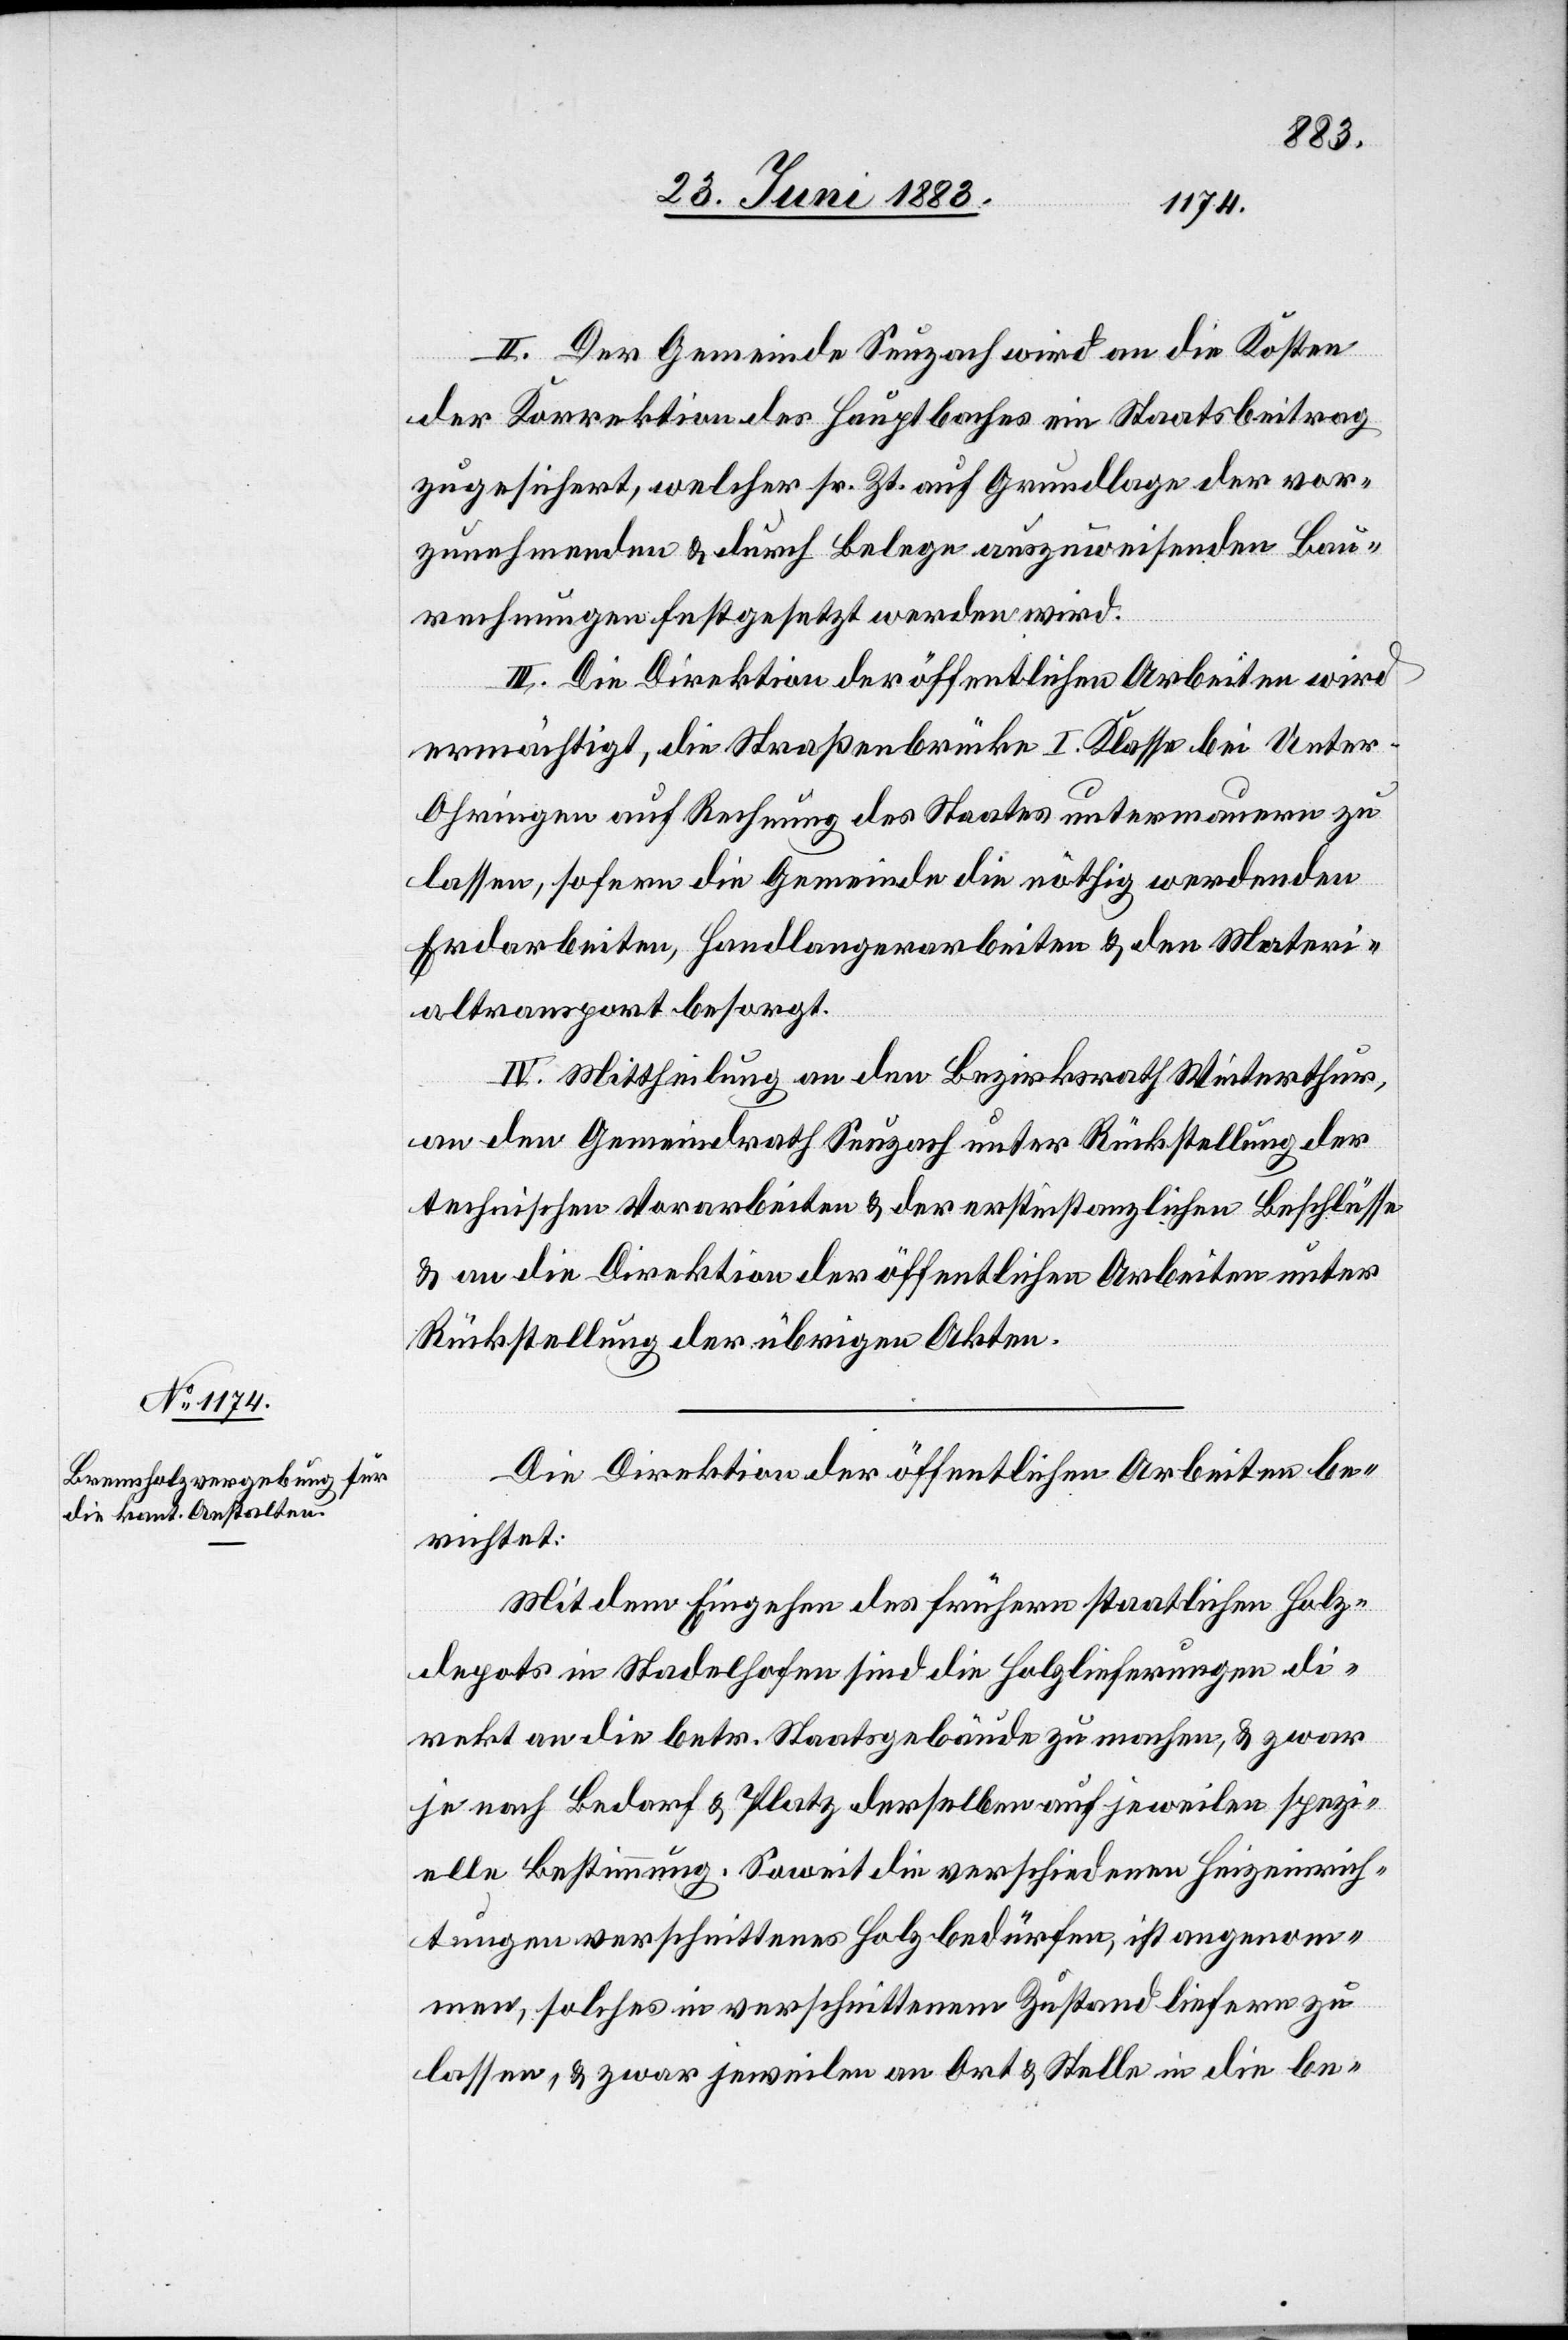
II. Der Gemeinde Seuzach wird an die Kosten
der Korrektion des Hauptbaches ein Staatsbeitrag
zugesichert, welcher sr. Zt. auf Grundlage der vor¬
zunehmenden & durch Belege auszuweisenden Bau¬
rechnungen festgesetzt werden wird.
III. Die Direktion der öffentlichen Arbeiten wird
ermächtigt, die Straßenbrücke I. Klasse bei Unter-O¬
hringen auf Rechnung des Staates untermauern zu
lassen, sofern die Gemeinde die nöthig werdenden
Erdarbeiten, Handlangerarbeiten & den Materi¬
altransport besorgt.
IV. Mittheilung an den Bezirksrath Winterthur,
an den Gemeindrath Seuzach unter Rückstellung der
technischen Vorarbeiten & der erstinstanzlichen Beschlüsse
& an die Direktion der öffentlichen Arbeiten unter
Rückstellung der übrigen Akten.
Die Direktion der öffentlichen Arbeiten be¬
richtet:
Mit dem Eingehen des frühern staatlichen Holz¬
depots in Stadelhofen sind die Holzlieferungen di¬
rekt an die betr. Staatsgebäude zu machen, & zwar
je nach Bedarf & Platz derselben auf jeweilen spezi¬
elle Bestimmung. Soweit die verschiedenen Heizeinrich¬
tungen verschnittenes Holz bedürfen, ist angenom¬
men, solches in verschnittenem Zustand liefern zu
lassen, & zwar jeweilen an Ort & Stelle in die be-